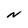
Character: N